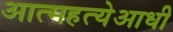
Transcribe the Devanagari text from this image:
आत्महत्येआधी